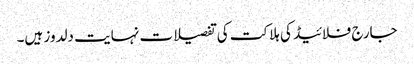
جارج فلائیڈ کی ہلاکت کی تفصیلات نہایت دلدوز ہیں۔